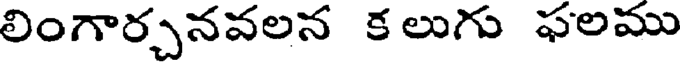
లింగార్చనవలన క లుగు ఫలము